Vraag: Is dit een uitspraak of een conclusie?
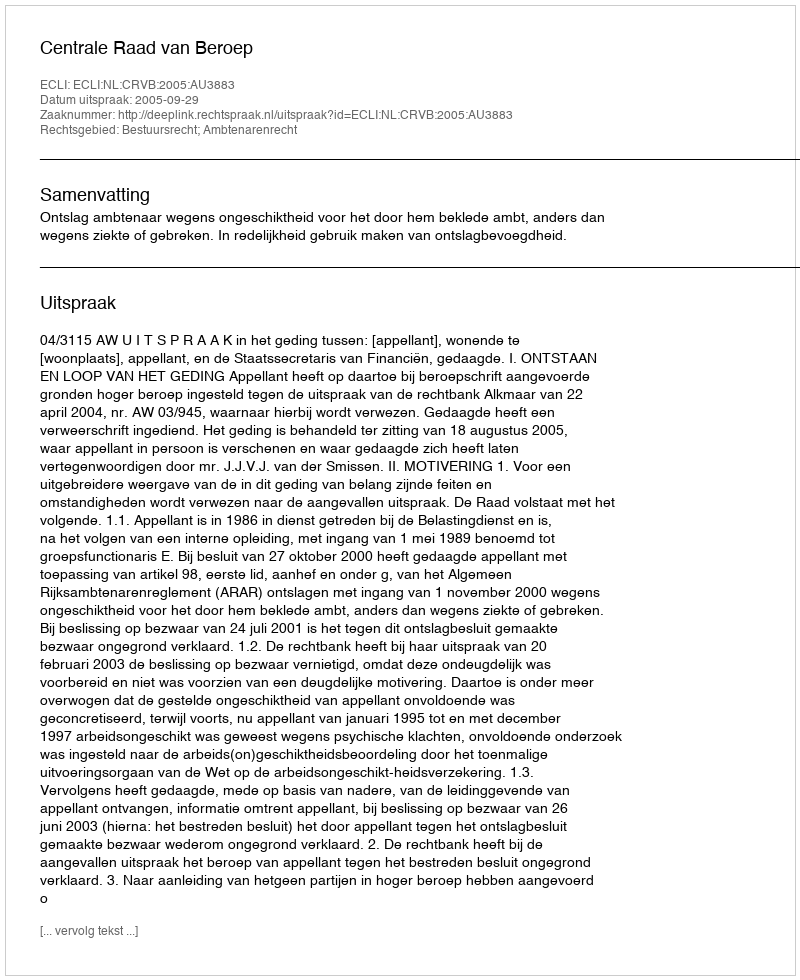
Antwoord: Uitspraak